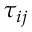
\tau _ { i j }